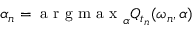
\alpha _ { n } = \textrm { a r g m a x } _ { \alpha } Q _ { t _ { n } } ( \omega _ { n } , \alpha )